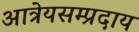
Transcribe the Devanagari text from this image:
आत्रेयसम्प्रदाय